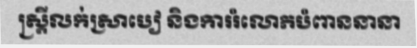
ស្ត្រីលក់ស្រាបៀ និងការរំលោភបំពាននានា